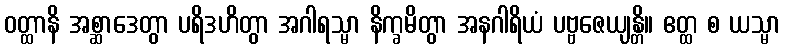
ဝတ္ထာနိ အစ္ဆာဒေတွာ ပရိဒဟိတွာ အဂါရသ္မာ နိက္ခမိတွာ အနဂါရိယံ ပဗ္ဗဇေယျန္တိ။ ဧတ္ထ စ ယသ္မာ